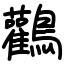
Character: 鸛